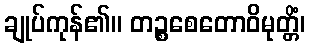
ချုပ်ကုန်၏။ တဉ္စစေတောဝိမုတ္တိံ၊